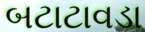
બટાટાવડા